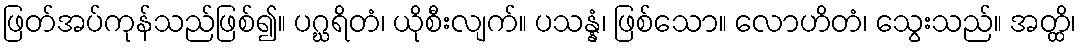
ဖြတ်အပ်ကုန်သည်ဖြစ်၍။ ပဂ္ဃရိတံ၊ ယိုစီးလျက်။ ပသန္နံ၊ ဖြစ်သော။ လောဟိတံ၊ သွေးသည်။ အတ္ထိ၊